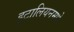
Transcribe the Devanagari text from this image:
इटालियनमधे